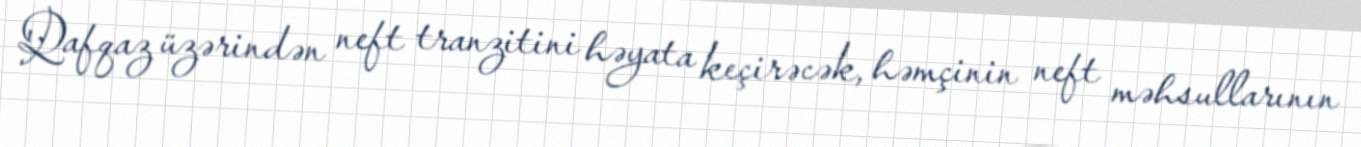
Qafqaz üzərindən neft tranzitini həyata keçirəcək, həmçinin neft məhsullarının